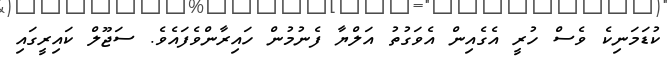
ކުޑަމަނިކެ ވެސް ހުރީ އެގެއިން އެވަގުތު އަލްޔާ ފެނުމުން ހައިރާންވެފައެވެ. ސަޖޫލް ކައިރީގައި